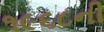
૧૯૬૮ની